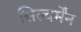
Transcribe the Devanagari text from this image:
सिल्वर्मेंन